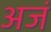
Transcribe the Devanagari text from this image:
अजं